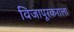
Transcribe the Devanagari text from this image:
विजापूरकराला